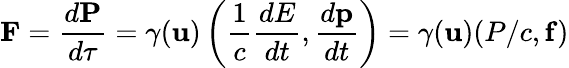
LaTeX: \mathbf{F}={\frac{d\mathbf{P}}{d\tau}}=\gamma(\mathbf{u})\left({\frac{1}{c}}{\frac{dE}{dt}},{\frac{d\mathbf{p}}{dt}}\right)=\gamma(\mathbf{u})(P/c,\mathbf{f})